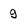
Character: g